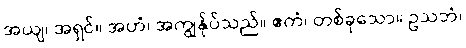
အယျ၊ အရှင်။ အဟံ၊ အကျွန်ုပ်သည်။ ဧကံ၊ တစ်ခုသော။ ဥသဘံ၊